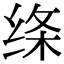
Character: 绦